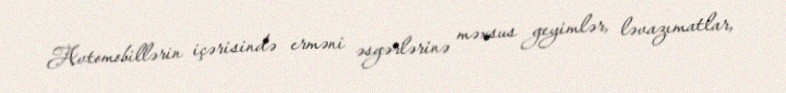
Avtomobillərin içərisində erməni əsgərlərinə məxsus geyimlər, ləvazımatlar,